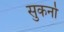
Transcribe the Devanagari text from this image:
सुकर्नो